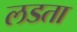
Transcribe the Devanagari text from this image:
लडता